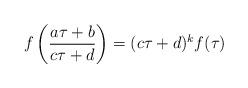
LaTeX: \begin{align*} f\left( \frac{a \tau + b}{c \tau + d} \right) = (c \tau + d)^k f(\tau) \end{align*}